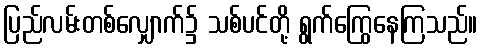
ပြည်လမ်းတစ်လျှောက်၌ သစ်ပင်တို့ ရွက်ကြွေနေကြသည်။